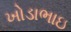
ખોડાભાઇ